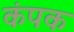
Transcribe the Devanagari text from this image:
कंपक